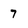
Character: 7